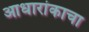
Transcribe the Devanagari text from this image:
आधारांकाचा